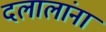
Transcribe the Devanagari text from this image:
दलालांना